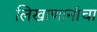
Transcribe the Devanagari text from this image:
लिखाणानांचा